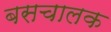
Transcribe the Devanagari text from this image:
बसचालक